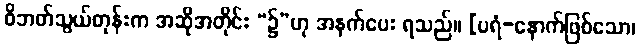
ဝိဘတ်သွယ်တုန်းက အဆိုအတိုင်း “၌”ဟု အနက်ပေး ရသည်။ [ပရံ-နောက်ဖြစ်သော၊